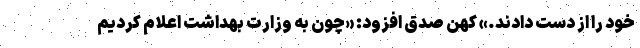
خود را از دست دادند.» کهن صدق افزود: «چون به وزارت بهداشت اعلام کردیم